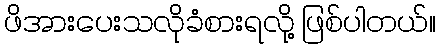
ဖိအားပေးသလိုခံစားရလို့ ဖြစ်ပါတယ်။